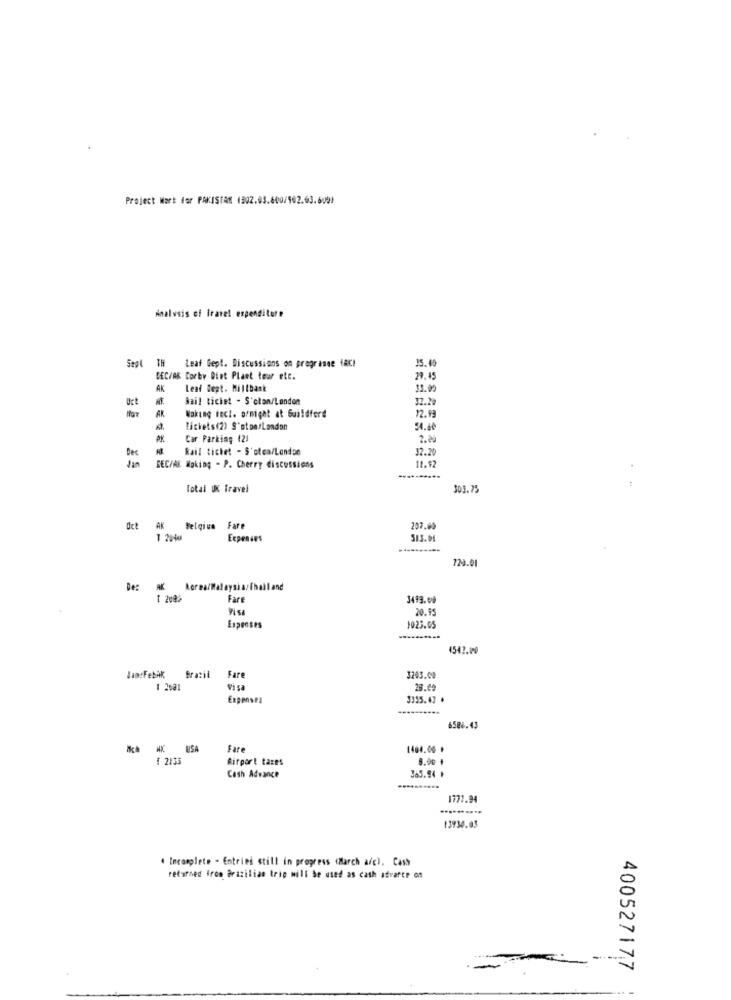
Project Wort for PAKISTAN 1302.03.600/102.03.6001
Analysis of irarel expenditure
Sapl
15.40
TH Leaf Gept. Discussions on pragrasse HAC!
DEC/AK Corby Dint Plaet tour etc.
29.45
AK
Leaf Sept. Millbask
33.09
Bail tichet - S'cton/London
32.20
Uct
12.99
AK
Waking Fact. o/night at Guildford
tickets(2) S'ston/London
54.40
Car Parking 121
2.29
Rail tichet - S'olea/London
32.20
Dec
11.92
Jan
EEC/AK Making - P. Cherry discussions
Total UK Travel
305.75
Oct
AK
Belqiua Fare
257.60
Expenses
513.04
..........
123.01
Fare
3493.00
20.99
Espenses
1025.05
4542.10
Jan:FebAK
Brazil
Fare
3243.00
Visa
29.4
Expenses
3335.47 .
6588.43
Fare
1404.00 *
{ 2135
Airport taxes
8.00 1
Cash Advance
365.94 +
1777.94
13934.03
· Incomplete - Entries still in progress (March a/c). Cash
returned from Brazilian trip will be used as cath advarte on
400527177